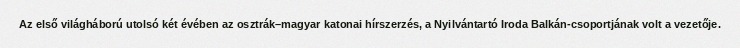
Az első világháború utolsó két évében az osztrák–magyar katonai hírszerzés, a Nyilvántartó Iroda Balkán-csoportjának volt a vezetője.